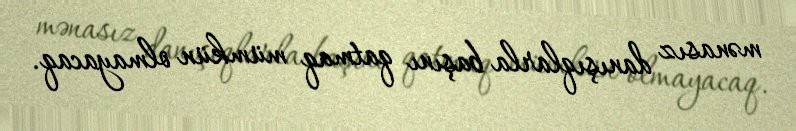
mənasız danışıqlarla başını qatmaq mümkün olmayacaq.